Rangoon Lunatic Asylum 1893-1897 - 1893-1897
Year: 1893
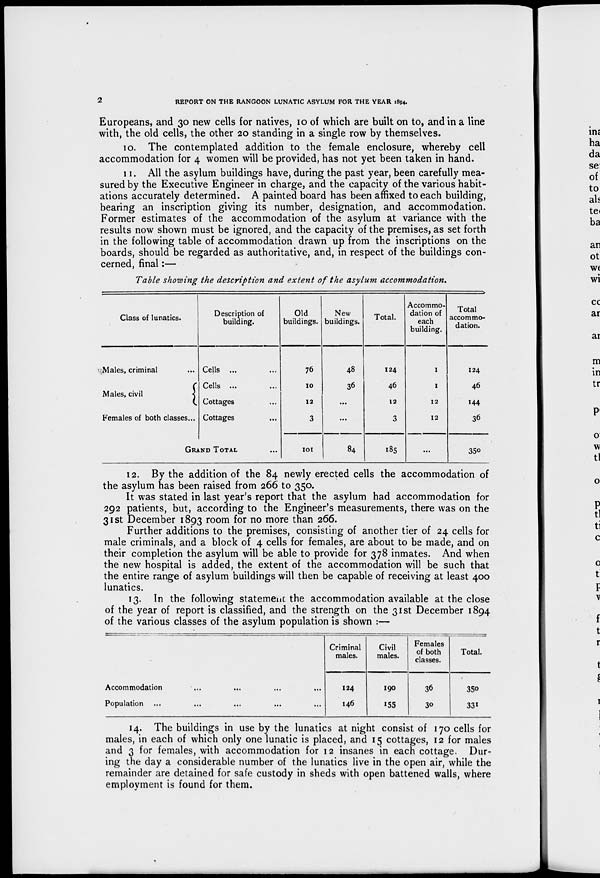
2
REPORT ON THE RANGOON LUNATIC ASYLUM FOR THE YEAR 1894.
Europeans, and 30 new cells for natives, 10 of which are built on to, and in a line
with, the old cells, the other 20 standing in a single row by themselves.
10. The contemplated addition to the female enclosure, whereby cell
accommodation for 4 women will be provided, has not yet been taken in hand.
11. All the asylum buildings have, during the past year, been carefully mea-
sured by the Executive Engineer in charge, and the capacity of the various habit-
ations accurately determined. A painted board has been affixed to each building,
bearing an inscription giving its number, designation, and accommodation.
Former estimates of the accommodation of the asylum at variance with the
results now shown must be ignored, and the capacity of the premises, as set forth
in the following table of accommodation drawn up from the inscriptions on the
boards, should be regarded as authoritative, and, in respect of the buildings con-
cerned, final:—
Table showing the description and extent of the asylum accommodation.
Class of lunatics.
Males, criminal ...
Males, civil
Females of both classes...
Description of
building.
Cells ... ...
Cells ... ...
Cottages ...
Cottages ...
GRAND TOTAL ...
Old
buildings.
76
10
12
3
101
New
buildings.
48
36
...
...
84
Total.
124
46
12
3
185
Accommo-
dation of
each
building.
1
1
12
12
...
Total
accommo-
dation.
124
46
144
36
350
12. By the addition of the 84 newly erected cells the accommodation of
the asylum has been raised from 266 to 350.
It was stated in last year's report that the asylum had accommodation for
292 patients, but, according to the Engineer's measurements, there was on the
31st December 1893 room for no more than 266.
Further additions to the premises, consisting of another tier of 24 cells for
male criminals, and a block of 4 cells for females, are about to be made, and on
their completion the asylum will be able to provide for 378 inmates. And when
the new hospital is added, the extent of the accommodation will be such that
the entire range of asylum buildings will then be capable of receiving at least 400
lunatics.
13. In the following statement the accommodation available at the close
of the year of report is classified, and the strength on the 31st December 1894
of the various classes of the asylum population is shown :—
Accommodation ... ... ... ...
Population ... ... ... ... ...
Criminal
males.
124
146
Civil
males.
190
155
Females
of both
classes.
36
30
Total.
350
331
14. The buildings in use by the lunatics at night consist of 170 cells for
males, in each of which only one lunatic is placed, and 15 cottages, 12 for males
and 3 for females, with accommodation for 12 insanes in each cottage. Dur-
ing the day a considerable number of the lunatics live in the open air, while the
remainder are detained for safe custody in sheds with open battened walls, where
employment is found for them.